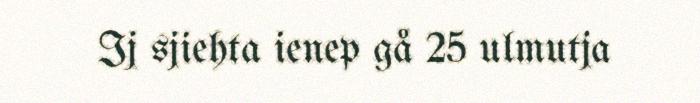
Ij sjiehta ienep gå 25 ulmutja